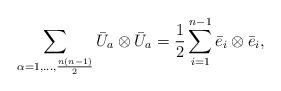
LaTeX: \begin{align*} \sum_{\alpha=1,...,\frac{n(n-1)}{2}} \bar{U}_{a} \otimes \bar{U}_{a}=\frac{1}{2}\sum_{i=1}^{n-1}\bar{e}_i\otimes\bar{e}_i, \end{align*}